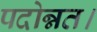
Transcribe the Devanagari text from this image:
पदोन्नत।